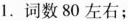
1.词数80左右；